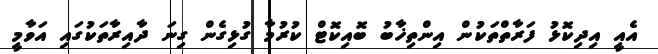
އެއީ އިދިކޮޅު ފަރާތްތަކުން އިންތިޚާބު ބޮއިކޮޓް ކުރުމާ ގުޅިގެން ގިނަ ދާއިރާތަކުގައި އަވާމީ